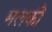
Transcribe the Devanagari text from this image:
मलकी